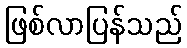
ဖြစ်လာပြန်သည်